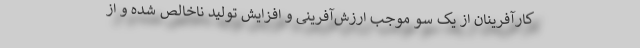
کارآفرینان از یک سو موجب ارزش‌آفرینی و افزایش تولید ناخالص شده و از